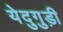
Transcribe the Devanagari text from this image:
येदुगुड़ी